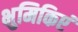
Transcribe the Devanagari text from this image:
भुमिकिएं